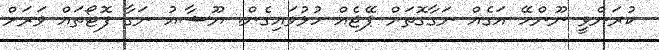
ކުރަންވީ ނޫންހޭ އަގެއް ނަގާގޮތަށް ޕޭޖެއް ހުޅުވައިގެން. ޔޫޝާއު ނަގާ ފޮޓޯތައް ވަރަށް